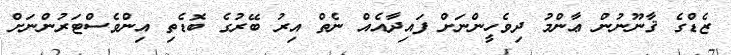
ޒެޑްގެ ޤާނޫނުން ޢާންމު ދިވެހީންނަށް ފައިދާއެއް ނެތް އިރު ބޭރުގެ ބޮޑެތި އިންވެސްޓަރުންނަށް